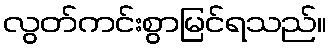
လွတ်ကင်းစွာမြင်ရသည်။